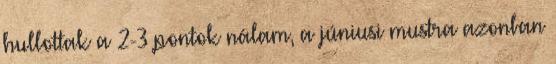
hullottak a 2-3 pontok nálam, a júniusi mustra azonban